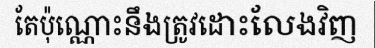
តែប៉ុណ្ណោះនឹងត្រូវដោះលែងវិញ